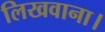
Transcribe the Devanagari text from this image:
लिखवाना।